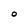
Character: O